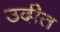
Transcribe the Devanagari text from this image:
उदीत